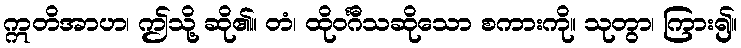
ဣတိအာဟ၊ ဤသို့ ဆို၏။ တံ၊ ထိုဝင်္ဂီသဆိုသော စကားကို။ သုတွာ၊ ကြား၍။